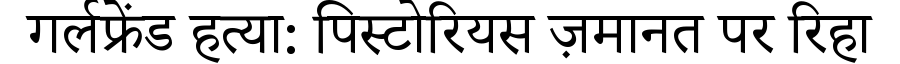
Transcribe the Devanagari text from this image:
गर्लफ्रेंड हत्या: पिस्टोरियस ज़मानत पर रिहा